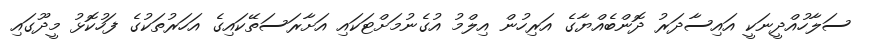
ސަލާހުއްދީނަކީ އައިސާދަރު ދޮންބެއްޔާގެ އަރިހުން އިލްމު އުގެނުމަށްޓަކައި އަށާރަސަތޭކައިގެ އަހަރުތަކުގެ ފަހުކޮޅު މީދޫގައި